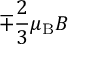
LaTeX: \mp { \frac { 2 } { 3 } } \mu _ { \mathrm { { B } } } B